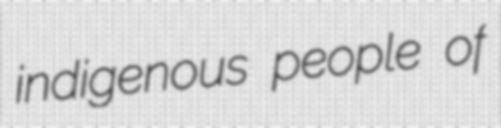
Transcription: indigenous people of